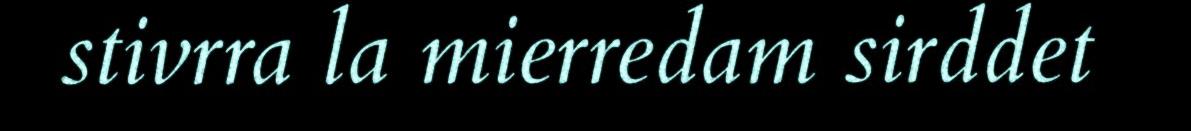
stivrra la mierredam sirddet